Civil Veterinary Department. Central Provinces & Berar 1925-31 - 1925-1931
Year: 1925
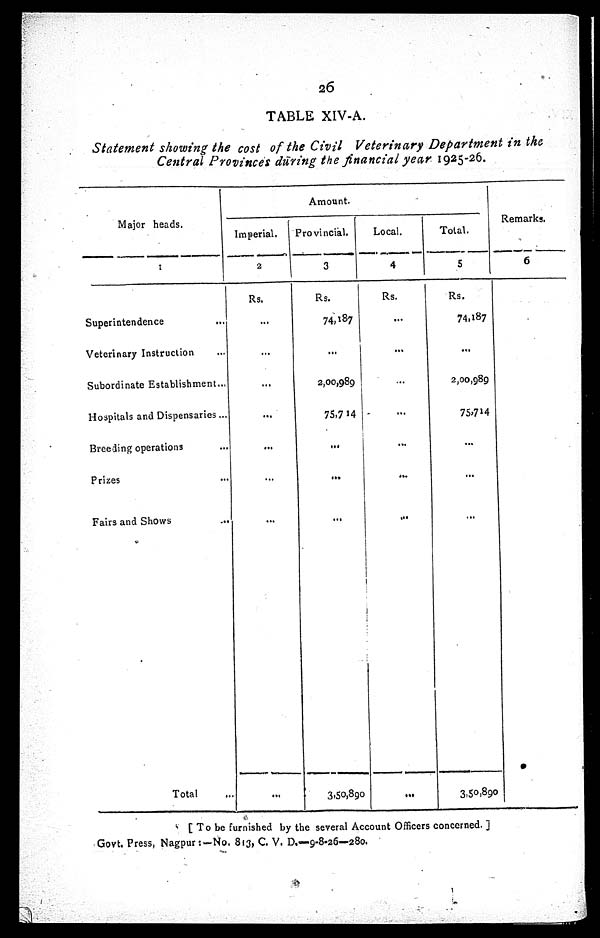
26
TABLE XIV-A.
Statement showing the cost of the Civil Veterinary Department in the
Central Provinces during the financial year 1925-26.
Major heads.
1
Superintendence ...
Veterinary Instruction ...
Subordinate Establishment...
Hospitals and Dispensaries...
Breeding operations ...
Prizes ...
Fairs and Shows ...
Total ...
Amount.
Imperial.
2
Rs.
...
...
...
...
...
...
...
...
Provincial.
3
Rs.
74,187
...
2,00,989
75,7 14
...
...
...
3,50,890
Local.
4
Rs.
...
...
...
...
...
...
...
...
Total.
5
Rs.
74,187
...
2,00,989
75,714
...
...
...
3,50,890
Remarks.
6
[To be furnished by the several Account Officers concerned. ]
Govt. Press, Nagpur:—No. 813, C. V. D.—9-8-26—280.